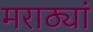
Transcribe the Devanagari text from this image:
मराठ्यां